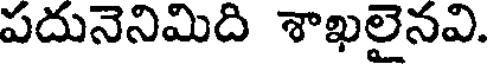
పదునెనిమిది శాఖలైనవి.